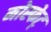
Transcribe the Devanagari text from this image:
मोस्फेट्